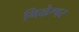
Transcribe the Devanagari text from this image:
निळेश्वर